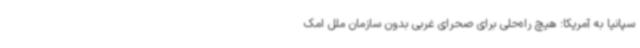
سپانیا به آمریکا: هیچ راه‌حلی برای صحرای غربی بدون سازمان ملل امک